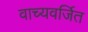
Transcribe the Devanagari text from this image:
वाच्यवर्जित